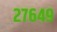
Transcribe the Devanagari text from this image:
२७६४९